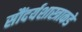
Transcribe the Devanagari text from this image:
सौंदर्यशास्त्राकडे